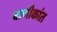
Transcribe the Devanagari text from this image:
वाणीकांत